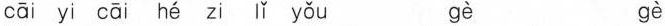
cāi yi cāi hé zi lǐ yǒu gè gè